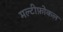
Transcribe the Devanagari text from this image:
मल्टीफ़ोकल